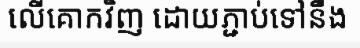
លើគោកវិញ ដោយភ្ជាប់ទៅនឹង